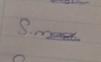
Signature authenticity: genuine